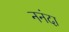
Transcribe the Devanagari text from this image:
ननंदा